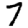
Digit: 7